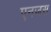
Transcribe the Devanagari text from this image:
एनजस